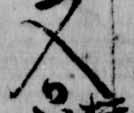
入